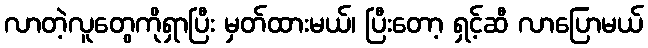
လာတဲ့လူတွေကိုရှာပြီး မှတ်ထားမယ်၊ ပြီးတော့ ရှင့်ဆီ လာပြောမယ်